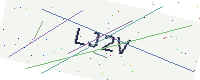
Text: LJ2V